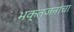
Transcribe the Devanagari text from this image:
भक्तजनांचा